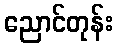
ညောင်တုန်း